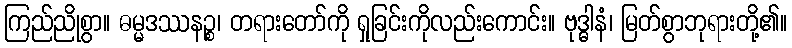
ကြည်ညိုစွာ။ ဓမ္မဒဿနဉ္စ၊ တရားတော်ကို ရှုခြင်းကိုလည်းကောင်း။ ဗုဒ္ဓါနံ၊ မြတ်စွာဘုရားတို့၏။